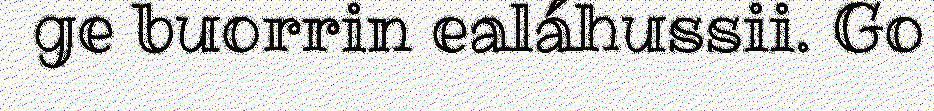
ge buorrin ealáhussii. Go